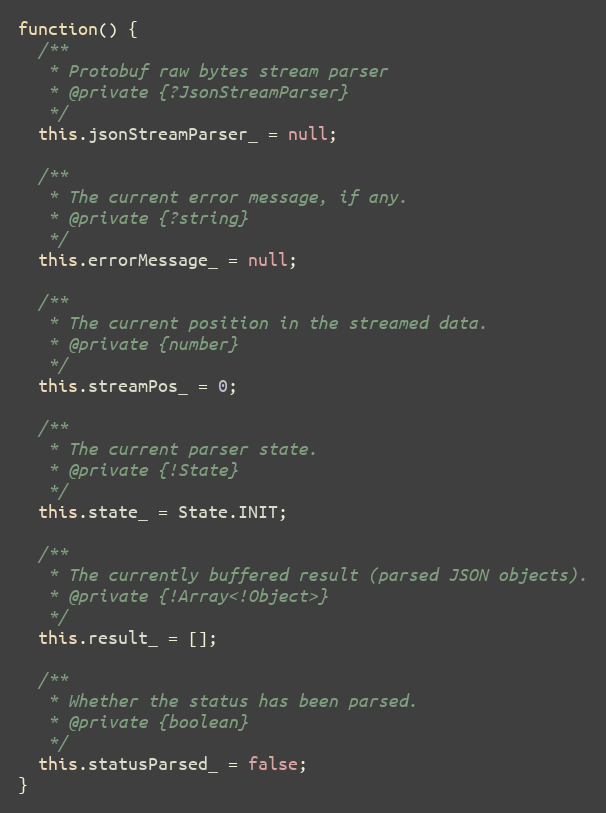
Language: JavaScript
function() {
  /**
   * Protobuf raw bytes stream parser
   * @private {?JsonStreamParser}
   */
  this.jsonStreamParser_ = null;

  /**
   * The current error message, if any.
   * @private {?string}
   */
  this.errorMessage_ = null;

  /**
   * The current position in the streamed data.
   * @private {number}
   */
  this.streamPos_ = 0;

  /**
   * The current parser state.
   * @private {!State}
   */
  this.state_ = State.INIT;

  /**
   * The currently buffered result (parsed JSON objects).
   * @private {!Array<!Object>}
   */
  this.result_ = [];

  /**
   * Whether the status has been parsed.
   * @private {boolean}
   */
  this.statusParsed_ = false;
}